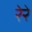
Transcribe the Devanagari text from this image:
रेरे